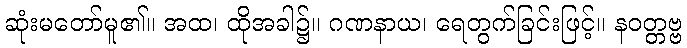
ဆုံးမတော်မူ၏။ အထ၊ ထိုအခါ၌။ ဂဏနာယ၊ ရေတွက်ခြင်းဖြင့်။ နဝတ္တဗ္ဗ